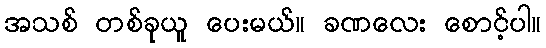
အသစ် တစ်ခုယူ ပေးမယ်။ ခဏလေး စောင့်ပါ။